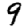
Digit: 9